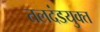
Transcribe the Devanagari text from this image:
तलदंडयुक्त